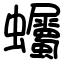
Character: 蠾